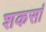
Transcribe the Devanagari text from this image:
शकसां